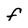
Character: F